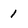
Character: 1